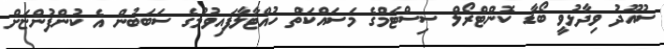
ސުއޫދު ވިދާޅުވީ ބޯޑާ ކޮންޓްރޯލް ސިސްޓަމްގެ މަސައްކަތް ހުއްޓާލާފައިވުމުގެ ސަބަބުން އެ ކުންފުންޏަށް